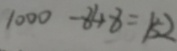
1 0 0 0 - 8 4 8 = 1 5 2